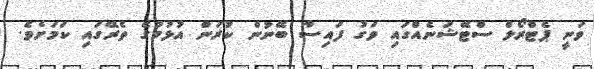
ވަނީ ޕެޓްރޯލް ސްޓޭޝަނެއްގައި ވަގު ފައިސާ ބޭނުން ކުރަން އުޅުމުގެ ތެރޭގައި ކަމަށެވެ.